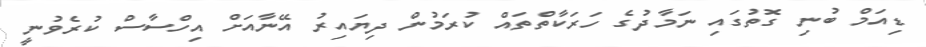
ޑިއަމް ބުނި ގޮތުގައި ނަމާދުގެ ހަރަކާތްތައް ކުރަމުން ދިޔައިރު އޭނާއަށް އިހްސާސް ކުރެވުނީ